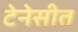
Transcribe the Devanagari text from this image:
टेनेसीत